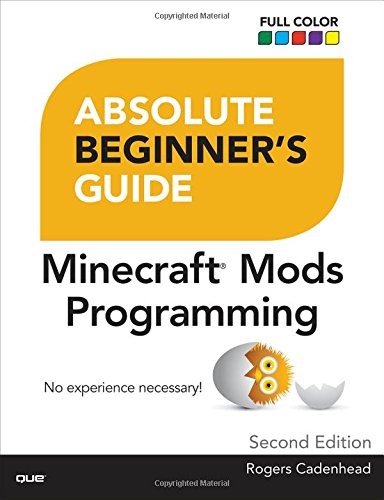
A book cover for Absolute Beginner's Guide to Minecraft Mods Programming (2nd Edition); Rogers Cadenhead; Humor & Entertainment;